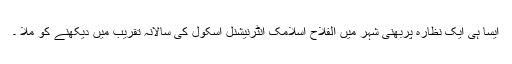
ایسا ہی ایک نظارہ پربھنی شہر میں الفلاح اسلامک انٹرنیشنل اسکول کی سالانہ تقریب میں دیکھنے کو ملا ۔